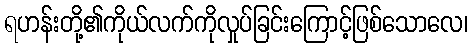
ရဟန်းတို့၏ကိုယ်လက်ကိုလှုပ်ခြင်းကြောင့်ဖြစ်သောလေ၊